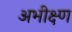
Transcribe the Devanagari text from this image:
अभीक्ष्ण